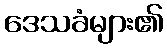
ဒေသခံများ၏